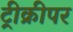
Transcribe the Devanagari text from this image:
ट्रीक्रीपर